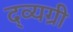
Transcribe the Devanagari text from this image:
द्व्यग्री